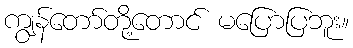
ကျွန်တော်တို့တောင် မပြောပြဘူး။